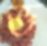
ভ